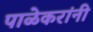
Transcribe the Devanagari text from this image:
पाळेकरांनी